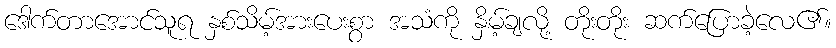
ဒေါက်တာအောင်သူရ နှစ်သိမ့်အားပေးစွာ အသံကို နှိမ့်ချလို့ တိုးတိုး ဆက်ပြောခဲ့လေ၏။